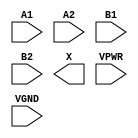
module sky130_fd_sc_hs__a22o (
    //# {{data|Data Signals}}
    input  A1  ,
    input  A2  ,
    input  B1  ,
    input  B2  ,
    output X   ,

    //# {{power|Power}}
    input  VPWR,
    input  VGND
);
endmodule